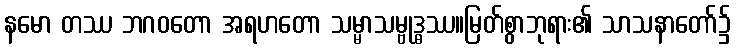
နမော တဿ ဘဂဝတော အရဟတော သမ္မာသမ္ဗုဒ္ဓဿ။မြတ်စွာဘုရား၏ သာသနာတော်၌